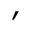
'